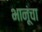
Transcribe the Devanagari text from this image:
भानूंचा